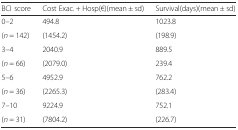
<table><thead><tr><td><b>BCI score</b></td><td><b>Cost Exac. + Hosp(€)(mean ± sd)</b></td><td><b>Survival(days)(mean ± sd)</b></td></tr></thead><tbody><tr><td>0–2</td><td>494.8</td><td>1023.8</td></tr><tr><td>(<i>n</i> = 142)</td><td>(1454.2)</td><td>(198.9)</td></tr><tr><td>3–4</td><td>2040.9</td><td>889.5</td></tr><tr><td>(<i>n</i> = 66)</td><td>(2079.0)</td><td>239.4</td></tr><tr><td>5–6</td><td>4952.9</td><td>762.2</td></tr><tr><td>(<i>n</i> = 36)</td><td>(2265.3)</td><td>(283.4)</td></tr><tr><td>7–10</td><td>9224.9</td><td>752.1</td></tr><tr><td>(<i>n</i> = 31)</td><td>(7804.2)</td><td>(226.7)</td></tr></tbody></table>